Vabadussoja_Ajaloo_Komitee, lk 113
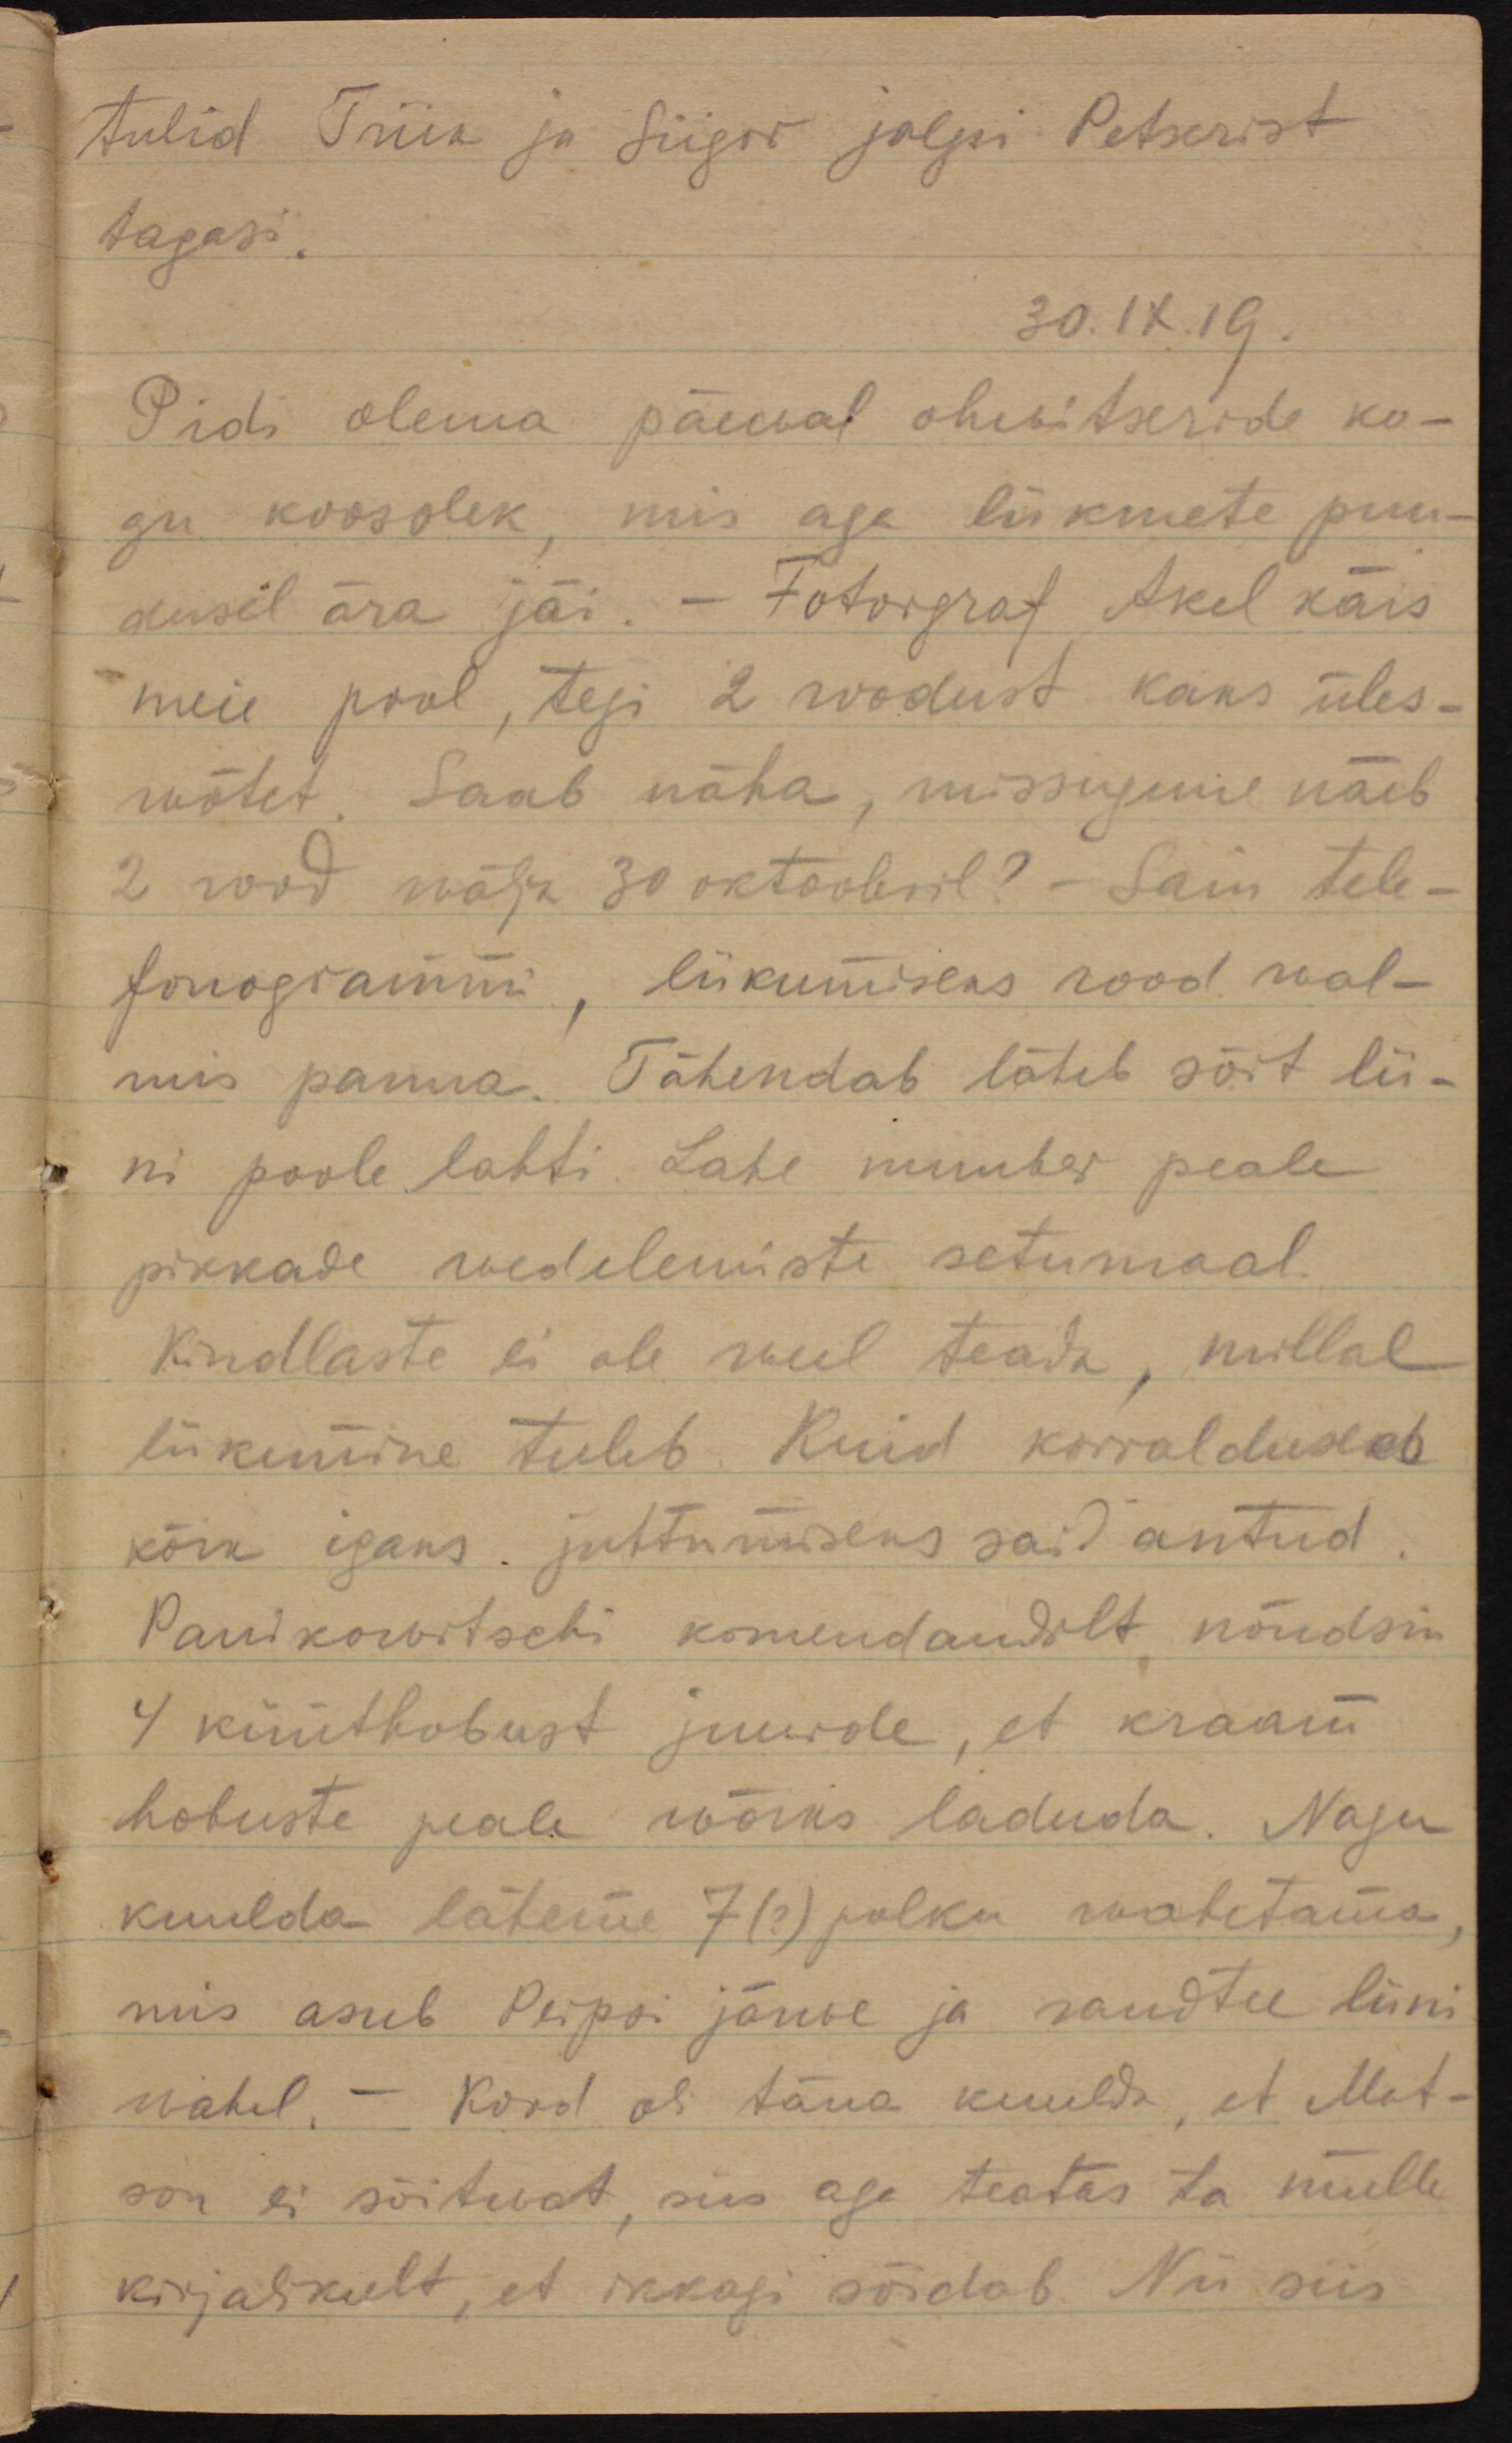
tulid Triik ja Siigor jalgsi Petserist
tagasi.
30.IX.19.
Pidi olema päewal ohvitseride ko-
gu koosolek, mis aga liikmete puu-
dusel ära jäi. - Fotorgraf Akel käis
meie pool, tegi 2 roodust kaks üles-
wõtet. Saab näha, missugune näeb
2 rood wälja 30 oktoobril? - Sain tele-
fonogrammi, liikumiseks rood wal-
mis panna! Tähendab läheb sõit lii-
ni poole lahti. Lahe number peale 
pikkade wedelemiste setumaal.
Kindlaste ei ole weel teada, millal
liikumine tuleb. Kuid korraldused
kõik igaks juhtumiseks sai antud.
Panikowitschi komandandilt nõudsin
4 küüthobust juurde, et kraam
hobuste peale wõiks laduda. Nagu
kuulda läheme 7 (?) polku wahetama,
mis asub Peipsi järwe ja raudtee liini
wahel. Kord oli täna kuulda, et Mat-
son ei sõitwat, siis aga teatas ta mulle
kirjalikult, et ikkagi sõidab. Nii siis